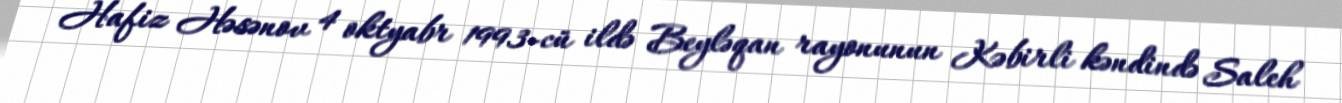
Hafiz Həsənov 4 oktyabr 1993-cü ildə Beyləqan rayonunun Kəbirli kəndində Saleh